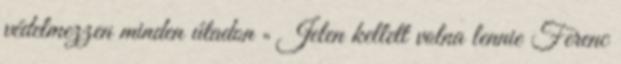
védelmezzen minden útadon „ Jelen kellett volna lennie Ferenc